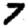
Digit: 7